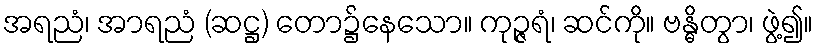
အရညံ၊ အာရညံ (ဆဋ္ဌ) တော၌နေသော။ ကုဉ္ဇရံ၊ ဆင်ကို။ ဗန္ဓိတွာ၊ ဖွဲ့၍။